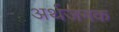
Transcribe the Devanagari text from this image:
अर्थजनक